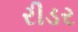
રીડર